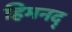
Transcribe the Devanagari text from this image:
हिमनद्